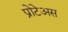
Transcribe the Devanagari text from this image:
प्रोटेअस